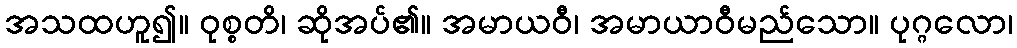
အသထဟူ၍။ ဝုစ္စတိ၊ ဆိုအပ်၏။ အမာယဝီ၊ အမာယာဝီမည်သော။ ပုဂ္ဂလော၊